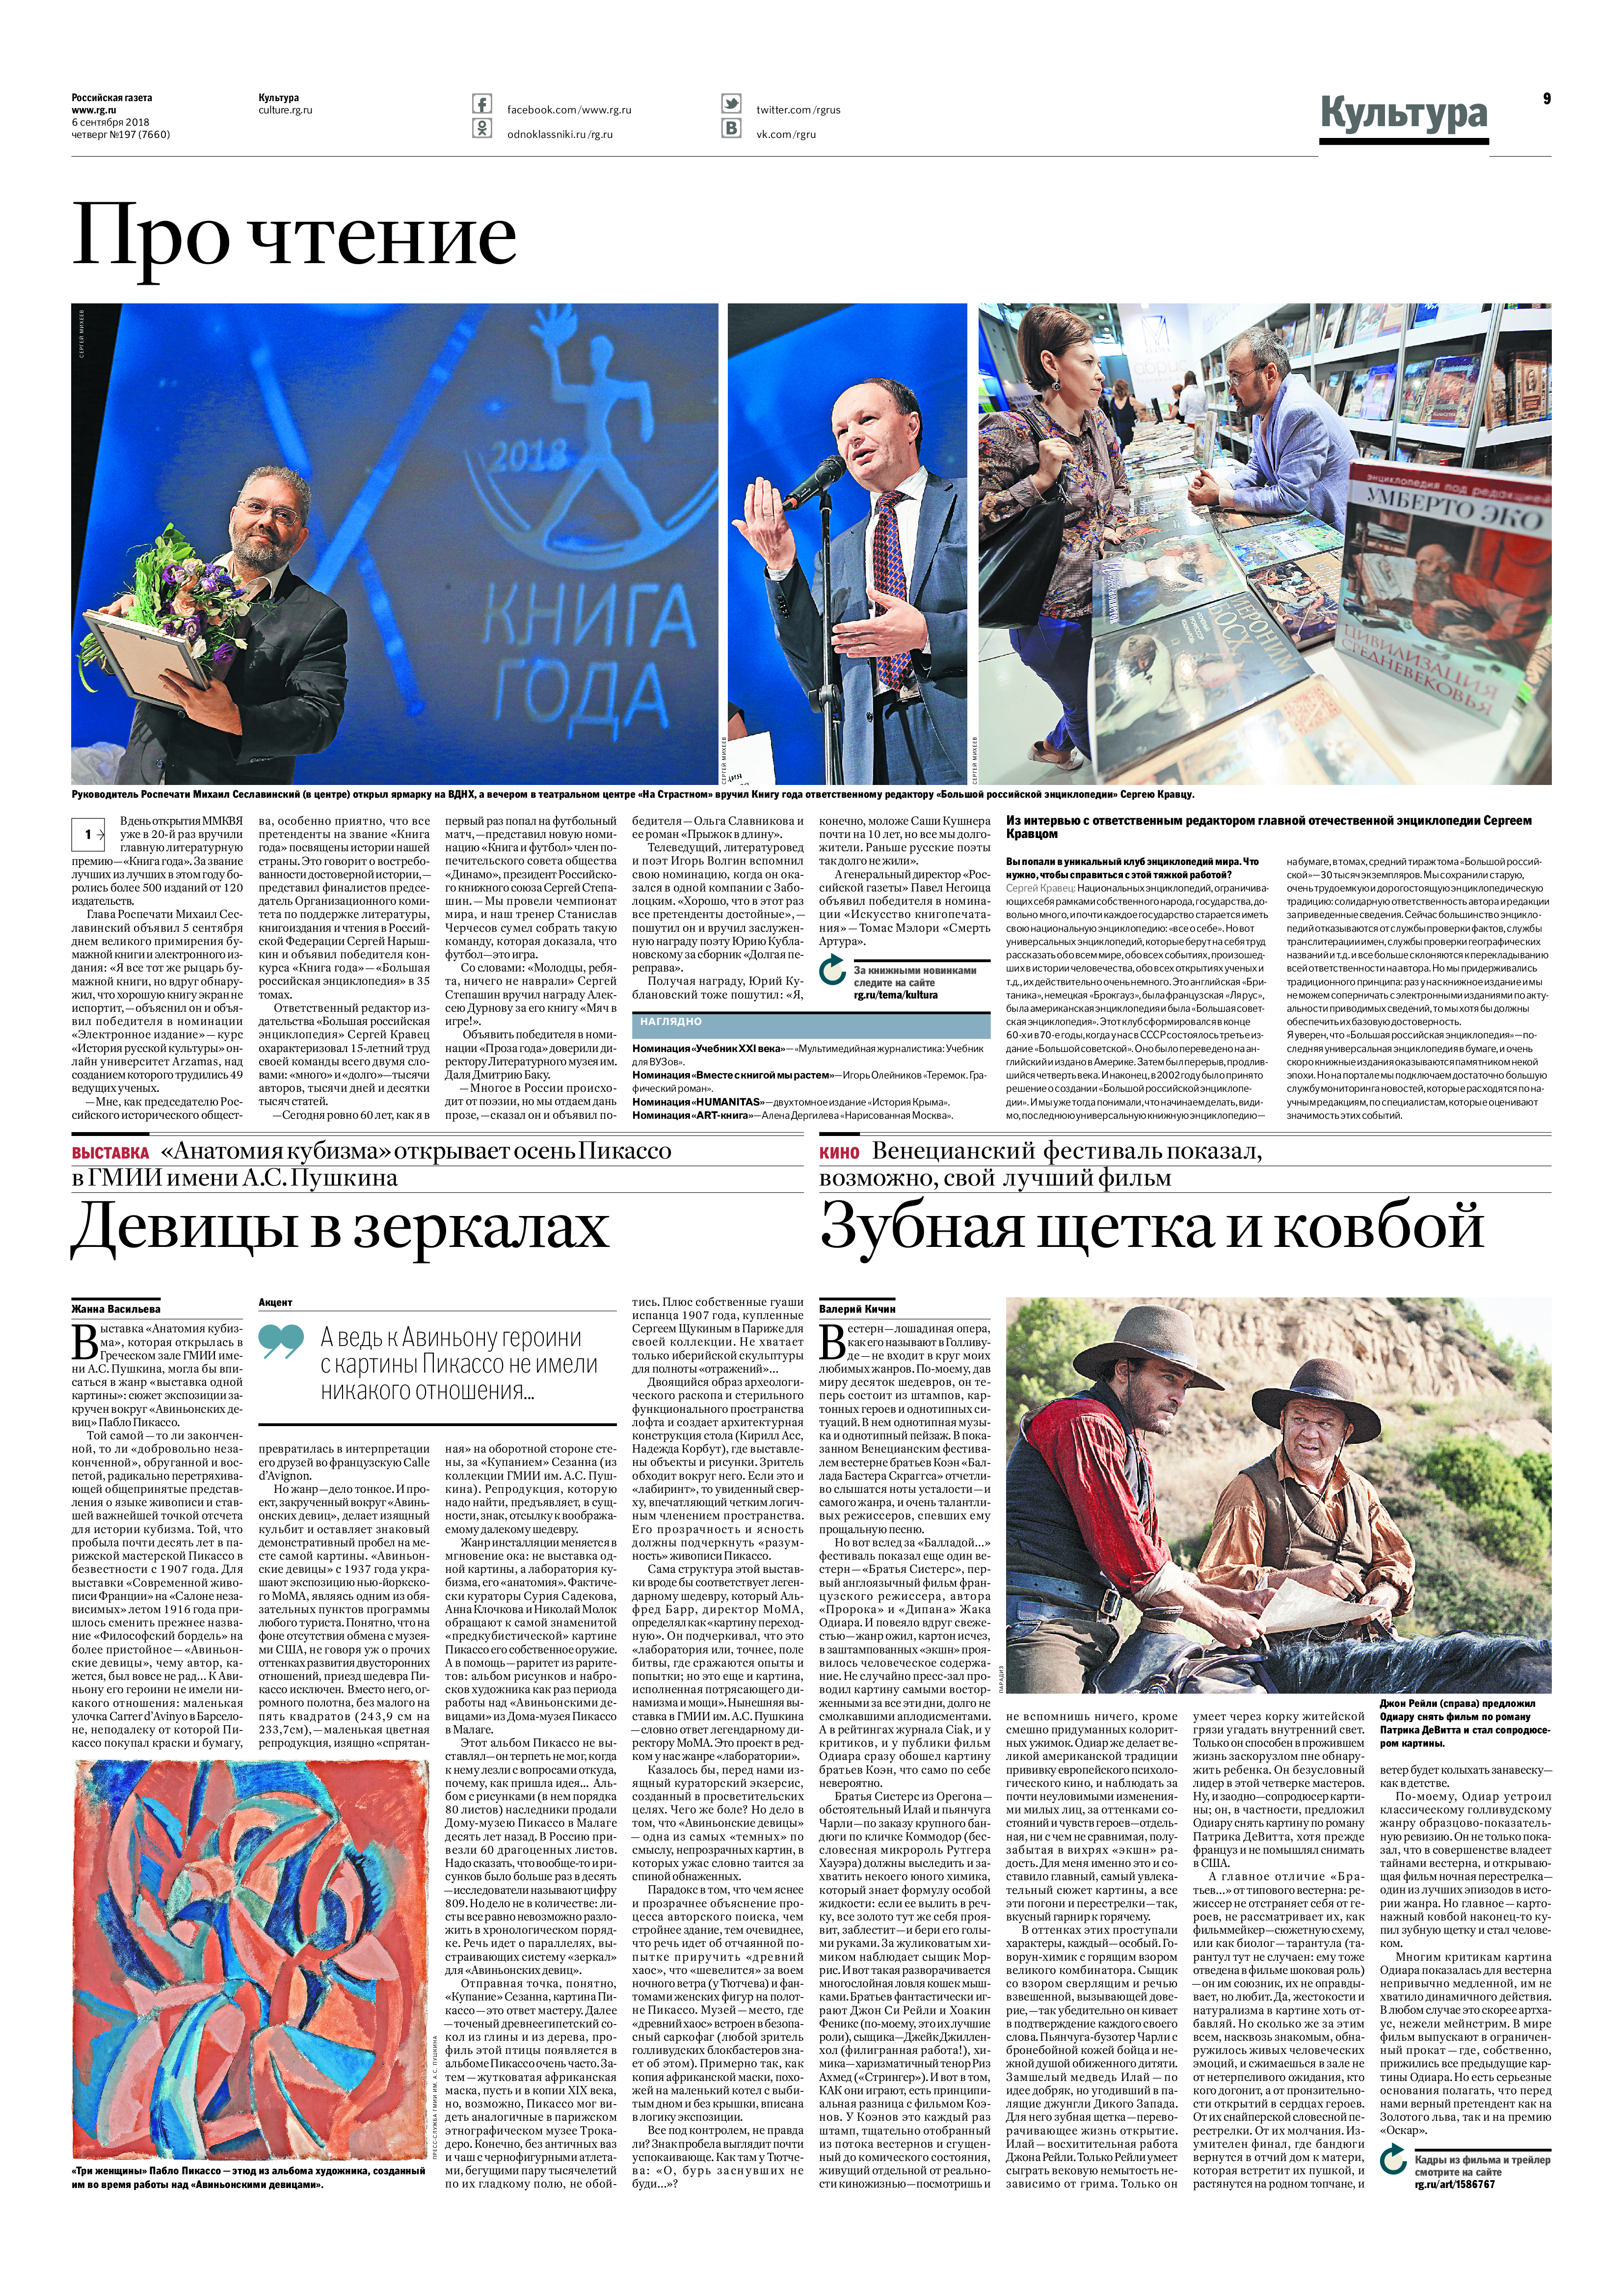
Language: ru